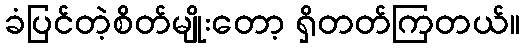
ခံပြင်တဲ့စိတ်မျိုးတော့ ရှိတတ်ကြတယ်။